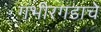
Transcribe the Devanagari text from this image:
गंभीरगडाचे